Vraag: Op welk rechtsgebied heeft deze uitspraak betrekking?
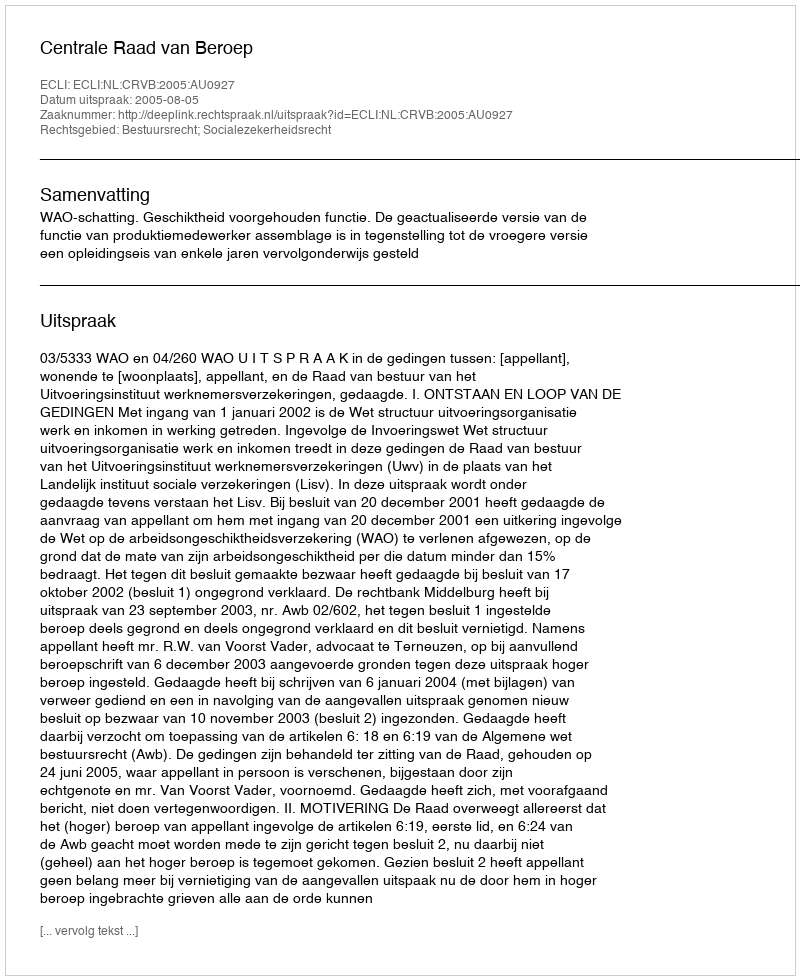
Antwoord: Bestuursrecht; Socialezekerheidsrecht